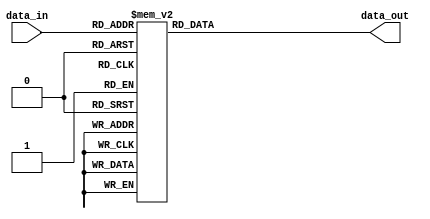
module Decoder_5_32(
	data_in, 
	data_out
);

	input [4:0] data_in;
	output reg [31:0] data_out;
	
	
	always@(data_in)
	begin 				   
	 case(data_in)
		 5'b0_0000 : data_out = 32'b0000_0000_0000_0000_0000_0000_0000_0001 ;
		 5'b0_0001 : data_out = 32'b0000_0000_0000_0000_0000_0000_0000_0010 ;
		 5'b0_0010 : data_out = 32'b0000_0000_0000_0000_0000_0000_0000_0100 ;
		 5'b0_0011 : data_out = 32'b0000_0000_0000_0000_0000_0000_0000_1000 ;
		 5'b0_0100 : data_out = 32'b0000_0000_0000_0000_0000_0000_0001_0000 ;
		 5'b0_0101 : data_out = 32'b0000_0000_0000_0000_0000_0000_0010_0000 ;
		 5'b0_0110 : data_out = 32'b0000_0000_0000_0000_0000_0000_0100_0000 ;
		 5'b0_0111 : data_out = 32'b0000_0000_0000_0000_0000_0000_1000_0000 ;
		 5'b0_1000 : data_out = 32'b0000_0000_0000_0000_0000_0001_0000_0000 ;
		 5'b0_1001 : data_out = 32'b0000_0000_0000_0000_0000_0010_0000_0000 ;
		 5'b0_1010 : data_out = 32'b0000_0000_0000_0000_0000_0100_0000_0000 ;
		 5'b0_1011 : data_out = 32'b0000_0000_0000_0000_0000_1000_0000_0000 ;
		 5'b0_1100 : data_out = 32'b0000_0000_0000_0000_0001_0000_0000_0000 ;
		 5'b0_1101 : data_out = 32'b0000_0000_0000_0000_0010_0000_0000_0000 ;
		 5'b0_1110 : data_out = 32'b0000_0000_0000_0000_0100_0000_0000_0000 ;
		 5'b0_1111 : data_out = 32'b0000_0000_0000_0000_1000_0000_0000_0000 ;
		 5'b1_0000 : data_out = 32'b0000_0000_0000_0001_0000_0000_0000_0000 ;
		 5'b1_0001 : data_out = 32'b0000_0000_0000_0010_0000_0000_0000_0000 ;
		 5'b1_0010 : data_out = 32'b0000_0000_0000_0100_0000_0000_0000_0000 ;
		 5'b1_0011 : data_out = 32'b0000_0000_0000_1000_0000_0000_0000_0000 ;
		 5'b1_0100 : data_out = 32'b0000_0000_0001_0000_0000_0000_0000_0000 ;
		 5'b1_0101 : data_out = 32'b0000_0000_0010_0000_0000_0000_0000_0000 ;
		 5'b1_0110 : data_out = 32'b0000_0000_0100_0000_0000_0000_0000_0000 ;
		 5'b1_0111 : data_out = 32'b0000_0000_1000_0000_0000_0000_0000_0000 ;
		 5'b1_1000 : data_out = 32'b0000_0001_0000_0000_0000_0000_0000_0000 ;
		 5'b1_1001 : data_out = 32'b0000_0010_0000_0000_0000_0000_0000_0000 ;
		 5'b1_1010 : data_out = 32'b0000_0100_0000_0000_0000_0000_0000_0000 ;
		 5'b1_1011 : data_out = 32'b0000_1000_0000_0000_0000_0000_0000_0000 ;
		 5'b1_1100 : data_out = 32'b0001_0000_0000_0000_0000_0000_0000_0000 ;
		 5'b1_1101 : data_out = 32'b0010_0000_0000_0000_0000_0000_0000_0000 ;
		 5'b1_1110 : data_out = 32'b0100_0000_0000_0000_0000_0000_0000_0000 ;
		 5'b1_1111 : data_out = 32'b1000_0000_0000_0000_0000_0000_0000_0000 ;
		 5'bz_zzzz : data_out = 32'b0000_0000_0000_0000_0000_0000_0000_0000 ;
		 default   : data_out = 32'b0000_0000_0000_0000_0000_0000_0000_0000 ;
	 endcase															 
	end
endmodule